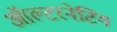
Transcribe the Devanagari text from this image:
ऑल्टरनेटिंग